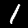
Label: 1